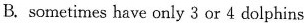
B. sometimes have only 3 or 4 dolphins